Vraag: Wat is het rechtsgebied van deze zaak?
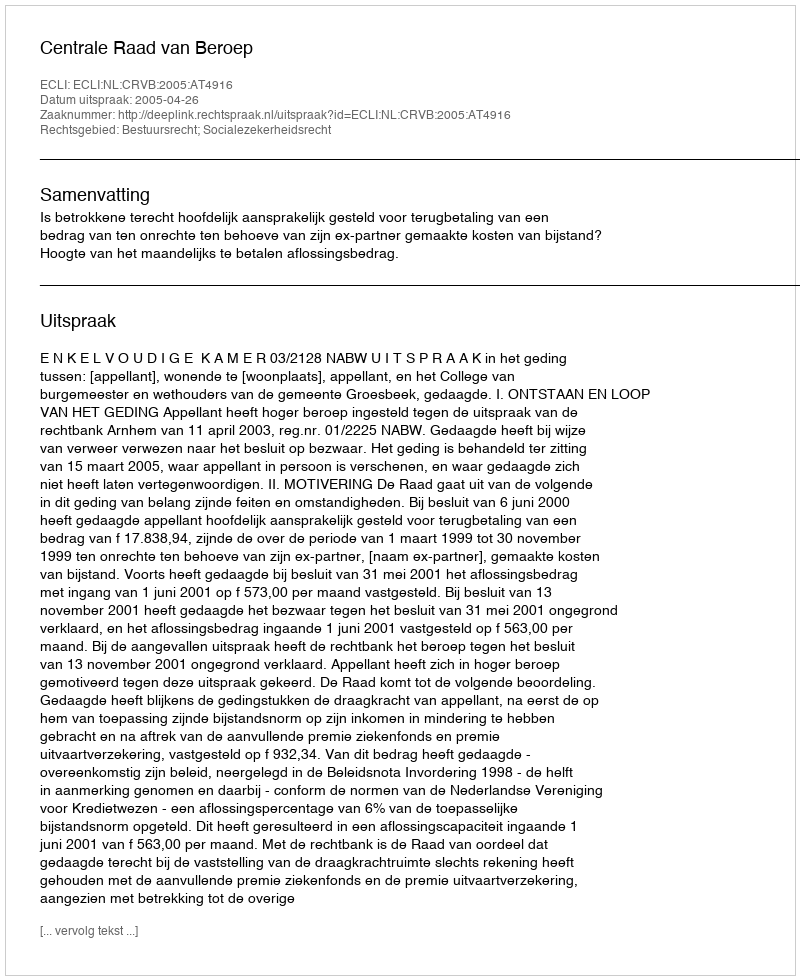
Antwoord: Bestuursrecht; Socialezekerheidsrecht